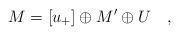
LaTeX: \begin{align*}M=\left[ u_{+}\right] \oplus M^{\prime }\oplus U\quad ,\end{align*}